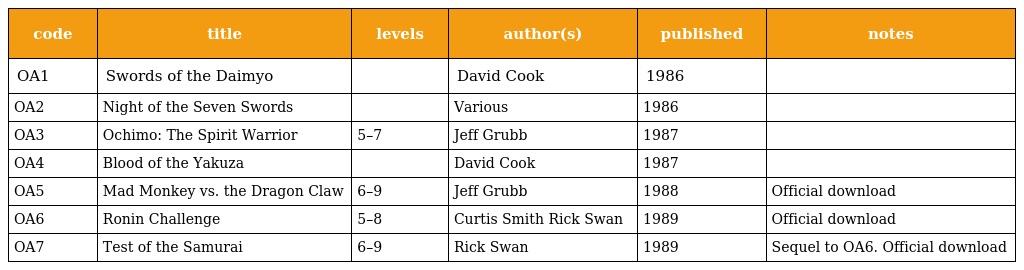
| code | title | levels | author(s) | published | notes |
 | --- | --- | --- | --- | --- | --- |
 | OA1 | Swords of the Daimyo |  | David Cook | 1986 |  |
 | OA2 | Night of the Seven Swords |  | Various | 1986 |  |
 | OA3 | Ochimo: The Spirit Warrior | 5–7 | Jeff Grubb | 1987 |  |
 | OA4 | Blood of the Yakuza |  | David Cook | 1987 |  |
 | OA5 | Mad Monkey vs. the Dragon Claw | 6–9 | Jeff Grubb | 1988 | Official download |
 | OA6 | Ronin Challenge | 5–8 | Curtis Smith Rick Swan | 1989 | Official download |
 | OA7 | Test of the Samurai | 6–9 | Rick Swan | 1989 | Sequel to OA6. Official download |